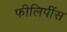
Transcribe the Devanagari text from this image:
फीलिपींस